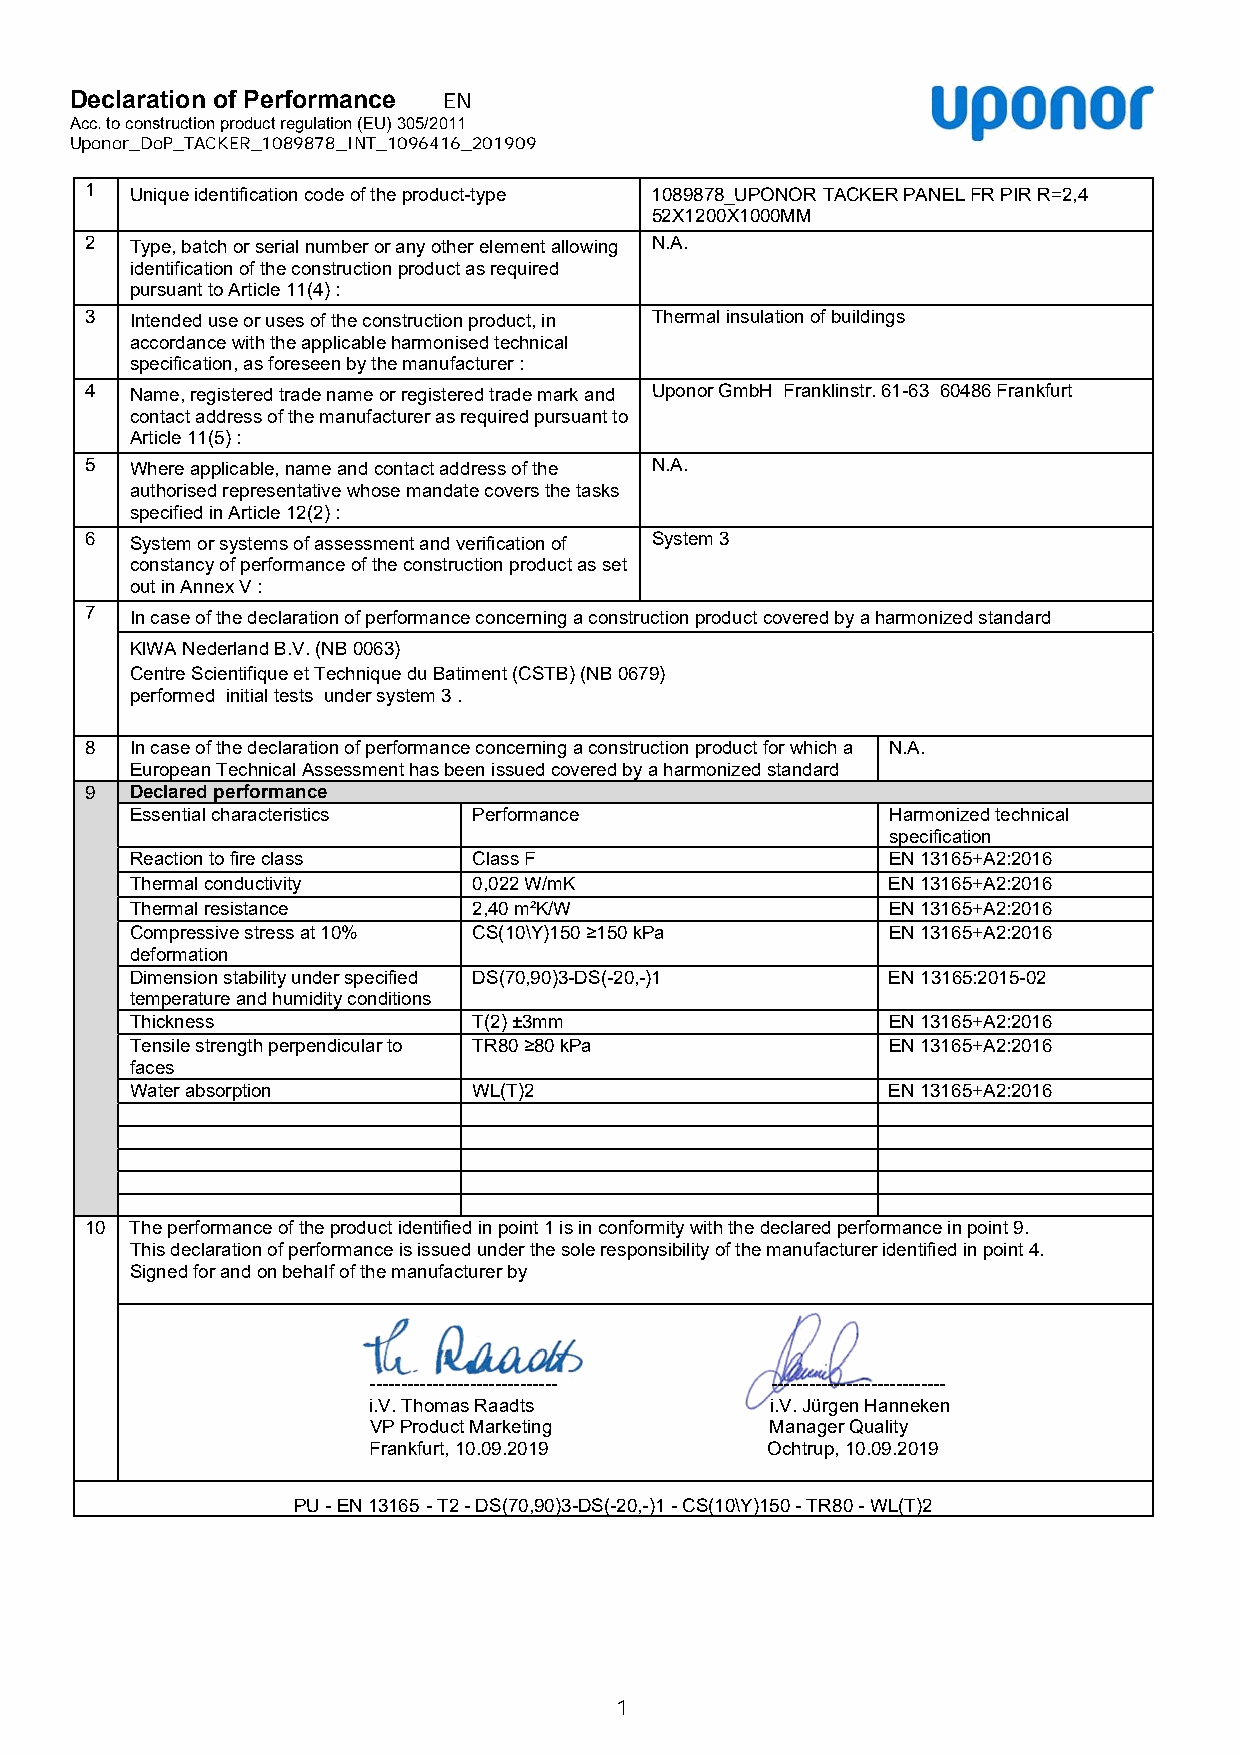
Declaration of Performance EN
 Acc. to construction product regulation (EU) 305/2011
 Uponor_DoP_TACKER_1089878_INT_1096416_201909
 1  Unique identification code of the product-type 1089878_UPONOR TACKER PANEL FR PIR R=2,4
 52X1200X1000MM
 2  Type, batch or serial number or any other element allowing N.A.
 identification of the construction product as required
 pursuant to Article 11(4) :
 3  Intended use or uses of the construction product, in Thermal insulation of buildings
 accordance with the applicable harmonised technical
 specification, as foreseen by the manufacturer :
 4  Name, registered trade name or registered trade mark and Uponor GmbH Franklinstr. 61-63 60486 Frankfurt
 contact address of the manufacturer as required pursuant to
 Article 11(5) :
 5  Where applicable, name and contact address of the N.A.
 authorised representative whose mandate covers the tasks
 specified in Article 12(2) :
 6  System or systems of assessment and verification of System 3
 constancy of performance of the construction product as set
 out in Annex V :
 7  In case of the declaration of performance concerning a construction product covered by a harmonized standard
 KIWA Nederland B.V. (NB 0063)
 Centre Scientifique et Technique du Batiment (CSTB) (NB 0679)
 performed initial tests under system 3 .
 8  In case of the declaration of performance concerning a construction product for which a N.A.
 European Technical Assessment has been issued covered by a harmonized standard
 9  Declared performance
 Essential characteristics Performance             Harmonized technical
 specification
 Reaction to fire class Class F                    EN 13165+A2:2016
 Thermal conductivity  0,022 W/mK                  EN 13165+A2:2016
 Thermal resistance    2,40 m²K/W                  EN 13165+A2:2016
 Compressive stress at 10% CS(10\Y)150 ≥150 kPa    EN 13165+A2:2016
 deformation
 Dimension stability under specified DS(70,90)3-DS(-20,-)1 EN 13165:2015-02
 temperature and humidity conditions
 Thickness             T(2) ±3mm                   EN 13165+A2:2016
 Tensile strength perpendicular to TR80 ≥80 kPa    EN 13165+A2:2016
 faces
 Water absorption      WL(T)2                      EN 13165+A2:2016
 10 The performance of the product identified in point 1 is in conformity with the declared performance in point 9.
 This declaration of performance is issued under the sole responsibility of the manufacturer identified in point 4.
 Signed for and on behalf of the manufacturer by
 v            v
 ------------------------------ ----------------------------
 i.V. Thomas Raadts         i.V. Jürgen Hanneken
 VP Product Marketing       Manager Quality
 Frankfurt, 10.09.2019      Ochtrup, 10.09.2019
 PU - EN 13165 - T2 - DS(70,90)3-DS(-20,-)1 - CS(10\Y)150 - TR80 - WL(T)2
 1